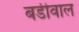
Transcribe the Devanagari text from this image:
बडीवाल